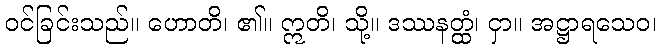
ဝင်ခြင်းသည်။ ဟောတိ၊ ၏။ ဣတိ၊ သို့။ ဒဿနတ္ထံ၊ ငှာ။ အဋ္ဌာရသေဝ၊